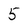
Character: 5